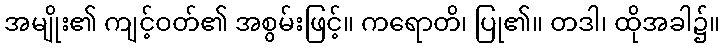
အမျိုး၏ ကျင့်ဝတ်၏ အစွမ်းဖြင့်။ ကရောတိ၊ ပြု၏။ တဒါ၊ ထိုအခါ၌။